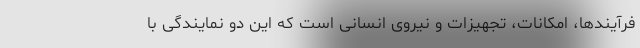
فرآیندها، امکانات، تجهیزات و نیروی انسانی است که این دو نمایندگی با